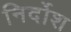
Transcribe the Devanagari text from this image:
निर्दोश